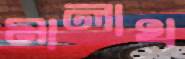
মালাখ